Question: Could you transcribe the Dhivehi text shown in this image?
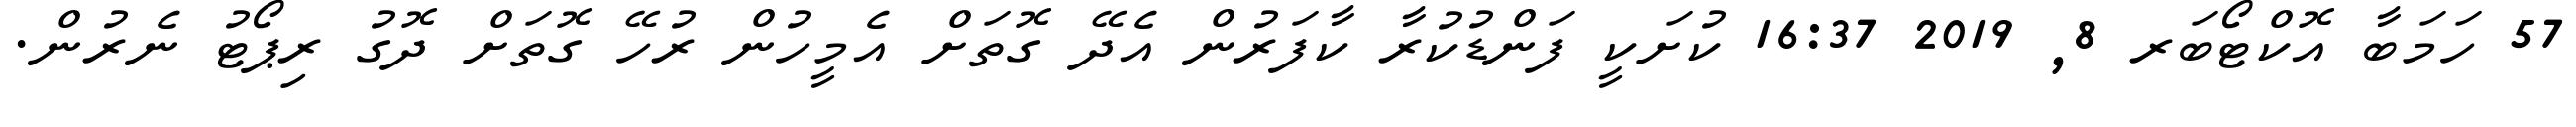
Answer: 57 ހަމަބާ އޮކްޓޯބަރ 8, 2019 16:37 ކުށަކީ ފަންޑުކުރާ ކާފަރުން އެދޭ ގޮތަށް އެމީހުން ރުހޭ ގޮތަށް ދޮގު ރިޕޯޓު ނެރުން.